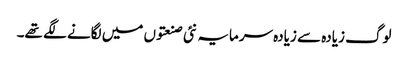
لوگ زیادہ سے زیادہ سرمایہ نئی صنعتوں میں لگانے لگے تھے۔